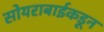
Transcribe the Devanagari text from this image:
सोयराबाईकडून